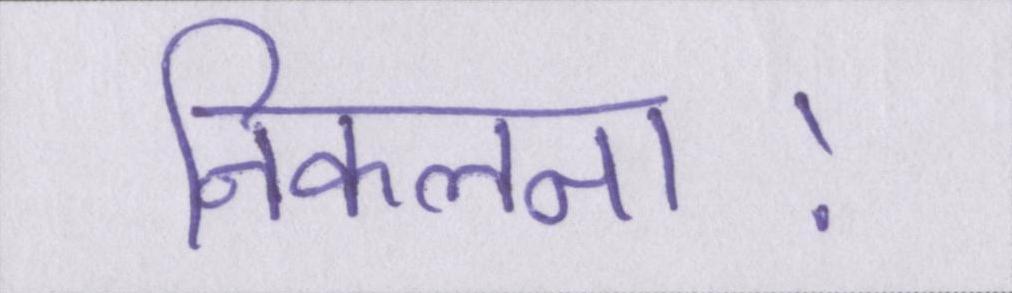
निकलना।